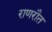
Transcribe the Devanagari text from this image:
राणरौत